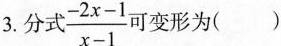
3.分式 $$\frac { - 2 x - 1 } { x - 1 }$$ 可变形为()